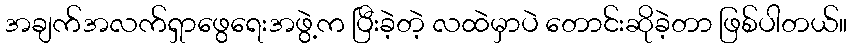
အချက်အလက်ရှာဖွေရေးအဖွဲ့က ပြီးခဲ့တဲ့ လထဲမှာပဲ တောင်းဆိုခဲ့တာ ဖြစ်ပါတယ်။